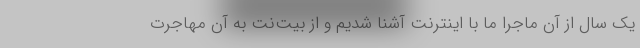
یک سال از آن ماجرا ما با اینترنت آشنا شدیم و از بیت‌نت به آن مهاجرت